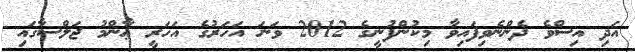
އަދި އިސްވެ ދެންނެވިފައިވާ މިކުންފުނީގެ 2012 ވަނަ އަހަރުގެ އަހަރީ ޢާންމު ޖަލްސާގައި